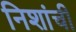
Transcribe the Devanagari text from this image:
निशांची